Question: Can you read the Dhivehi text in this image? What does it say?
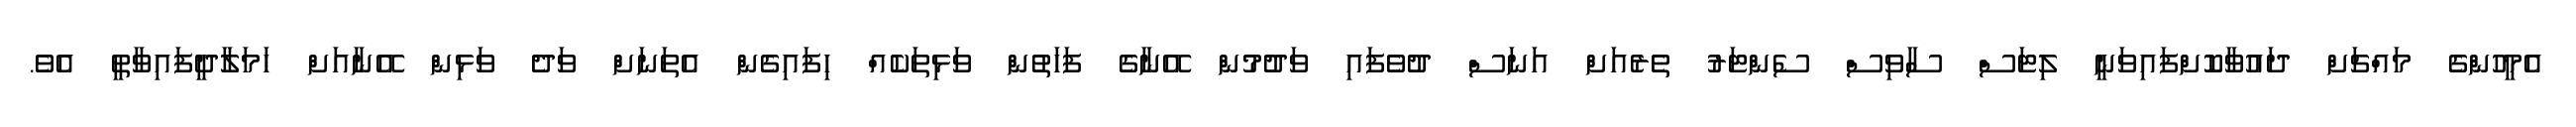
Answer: އެމީހުންގެ މައްޗަށް ދައުވާކޮށްފައިވަނީ ލިޓަސް ސާވިސް ސެންޓަރު ތެރެއަށް އަނަސް ދުވެފައި ވަދުމުން އޭނާގެ ފަހަތުން ވަޅިތަކެއް ހިފައިގެން އެތަނަށް ވަދެ ވަޅިން އޭނާއަށް ހަމަލާދީފައިވާތީ އެވެ.